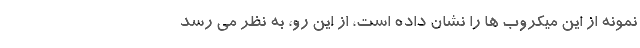
نمونه از این میکروب ها را نشان داده است، از این رو، به نظر می رسد